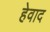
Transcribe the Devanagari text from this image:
हेवाद